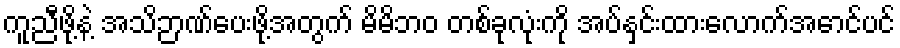
ကူညီဖို့နဲ့ အသိဉာဏ်ပေးဖို့အတွက် မိမိဘဝ တစ်ခုလုံးကို အပ်နှင်းထားလောက်အောင်ပင်